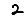
Digit: 2